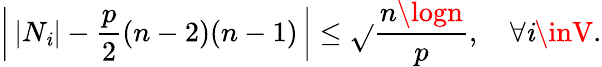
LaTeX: \left|\, |N_{\mathit{i}}|-\frac{{p}}{{2}}(n-2)(n-1)\, \right|\leq\sqrt{}{{\frac{{n\logn}}{{p}}}},\quad\forall\mathit{i}\inV.